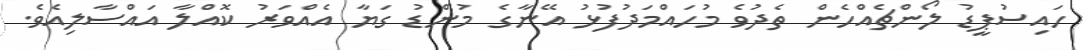
ހައިސުޕީޑު ލޯންޗެއްހެން ތެދުވެ މުހައްމަދުފުޅު އޭނާގެ މުންޑު ގަޔާ އެއްވަރު ކޮއްލާ އައްސާލިއެވެ.